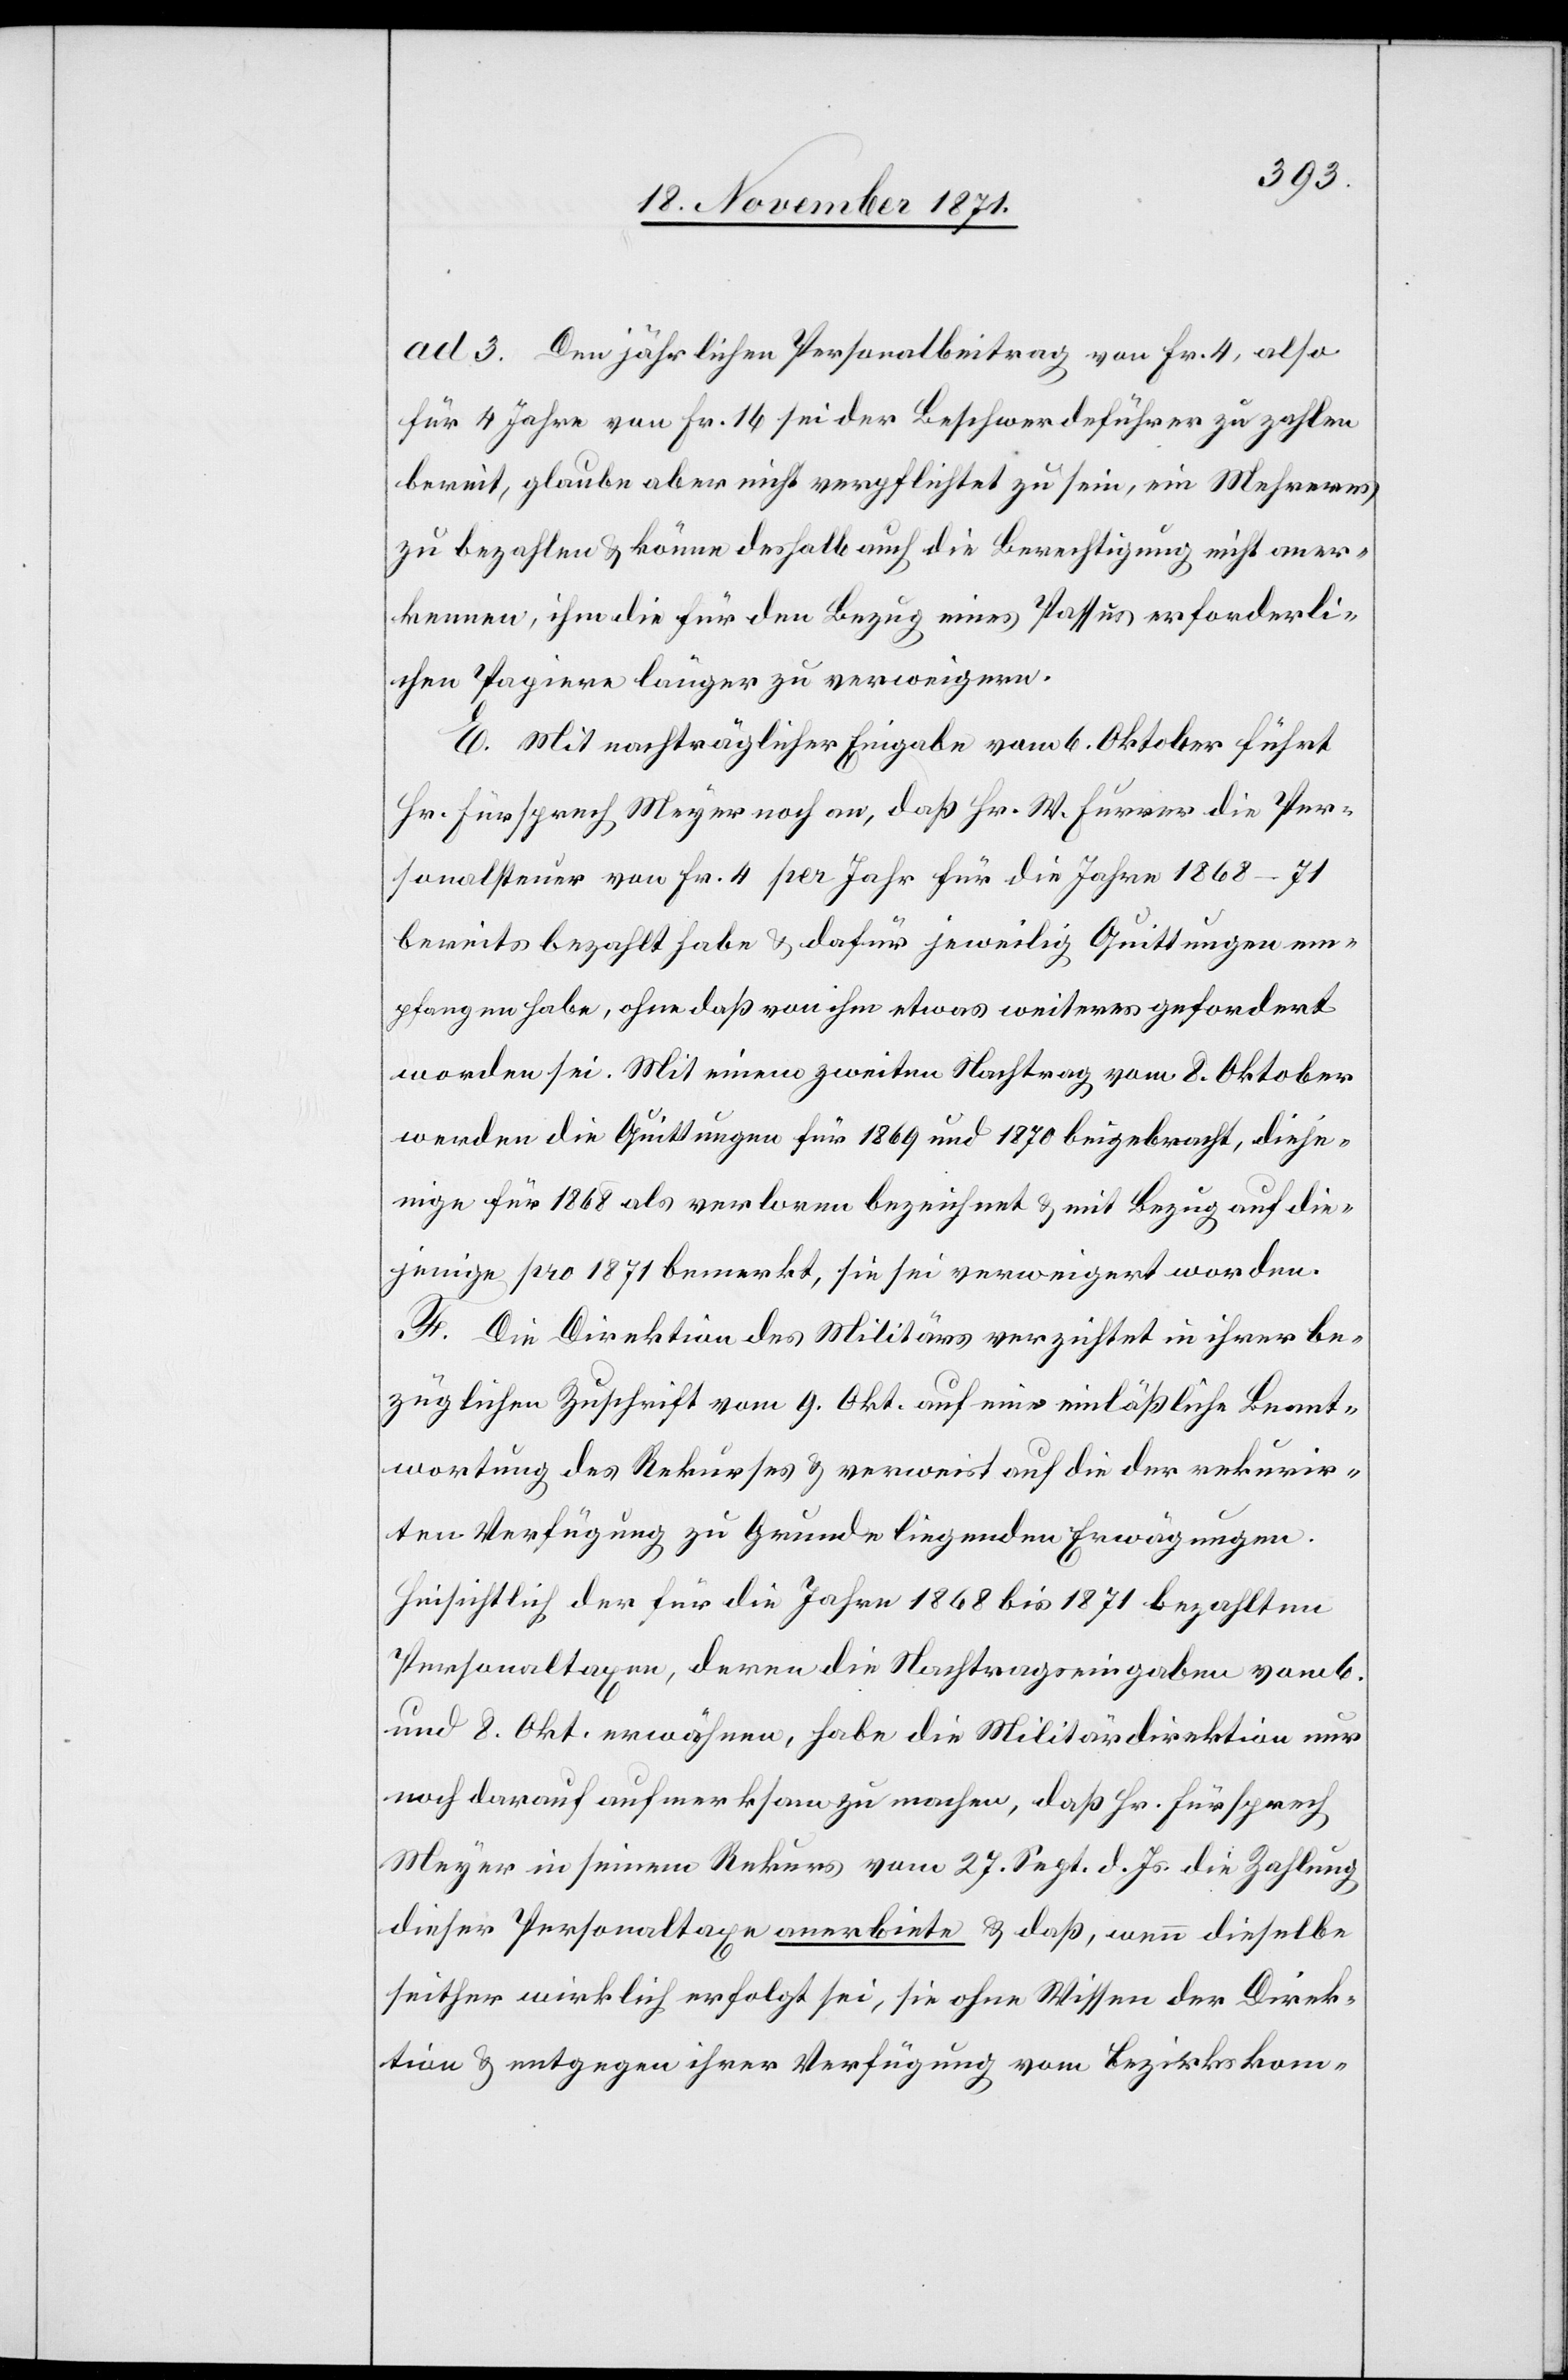
ad. 3. Der jährliche Personalbeitrag von Fr. 4, also
für 4 Jahre von Fr. 16 sei der Beschwerdeführer zu zahlen
bereit, glaube aber nicht verpflichtet zu sein, ein Mehreres
zu bezahlen & könne deshalb auch die Berechtigung nicht aner¬
kennen, ihm die für den Bezug eines Passes erforderli¬
chen Papiere länger zu verweigern.
E. Mit nachträglicher Eingabe vom 6. Oktober führt
Hr. Fürsprech Meyer noch an, daß Hr. W. Furrer die Per¬
sonalsteuer von Fr. 4 per Jahr für die Jahre 1868–71
bereits bezahlt habe & dafür jeweilig Quittungen em¬
pfangen habe, ohne daß von ihm etwas weiteres gefordert
worden sei. Mit einem zweiten Nachtrag vom 8. Oktober
werden die Quittungen für 1869 und 1870 beigebracht, dieje¬
nigen für 1868 als verloren bezeichnet & mit Bezug auf die¬
jenige pro 1871 bemerkt, sie sei verweigert worden.
F. Die Direktion des Militärs verzichtet in ihrer be¬
züglichen Zuschrift vom 9. Okt. auf eine einlässliche Beant¬
wortung des Rekurses & verweist auf die der rekurir¬
ten Verfügung zu Grunde liegenden Erwägungen.
Hinsichtlich der für die Jahre 1868 bis 1871 bezahlten
Personaltaxen, deren die Nachtragseingaben vom 6.
und 8. Okt. erwähnen, habe die Militärdirektion nur
noch darauf aufmerksam zu machen, daß Hr. Fürsprech
Meyer in seinem Rekurs vom 27. Sept. d. Js. die Zahlung
dieser Personaltaxe anerbiete & daß, wenn dieselbe
seither wirklich erfolgt sei, sie ohne Wissen der Direk¬
tion & entgegen ihrer Verfügung vom Bezirkskom-